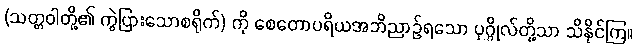
(သတ္တဝါတို့၏ ကွဲပြားသောစရိုက်) ကို စေတောပရိယအဘိညာဉ်ရသော ပုဂ္ဂိုလ်တို့သာ သိနိုင်ကြ။